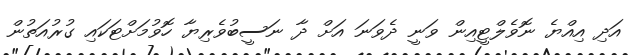
އަދި އިއްޔެ ނޮވެލްޓީއިން ވަނީ ދެވަނަ އަށް ދާ ނަސީބުވެރިޔާ ހޮވުމަށްޓަކައި ގުރުއަތުން